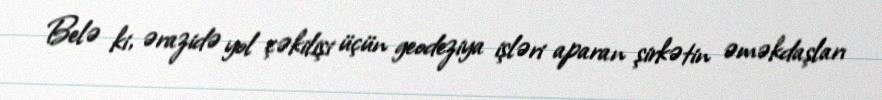
Belə ki, ərazidə yol çəkilişi üçün geodeziya işləri aparan şirkətin əməkdaşları